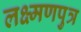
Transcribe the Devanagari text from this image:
लक्ष्मणपुत्र